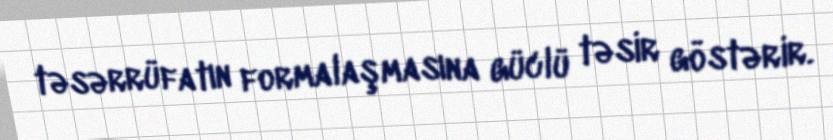
təsərrüfatın formalaşmasına güclü təsir göstərir.